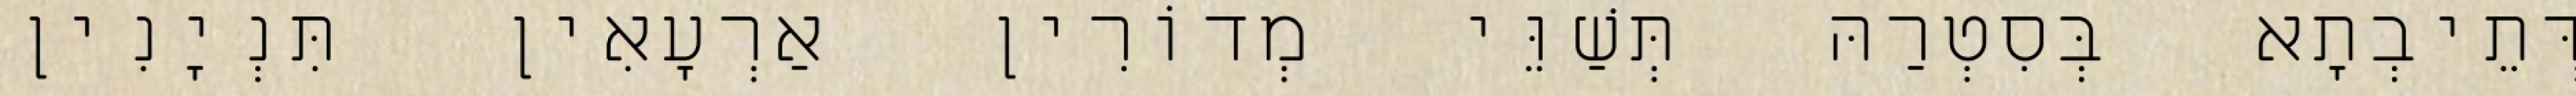
דְּתֵיבְתָא בְּסִטְרַהּ תְּשַׁוֵּי מְדוֹרִין אַרְעָאִין תִּנְיָנִין